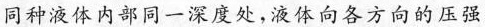
同种液体内部同一深度处，液体向各方向的压强